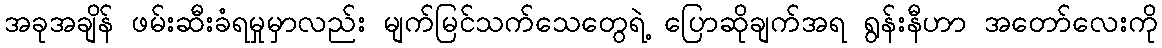
အခုအချိန် ဖမ်းဆီးခံရမှုမှာလည်း မျက်မြင်သက်သေတွေရဲ့ ပြောဆိုချက်အရ ရွန်းနီဟာ အတော်လေးကို